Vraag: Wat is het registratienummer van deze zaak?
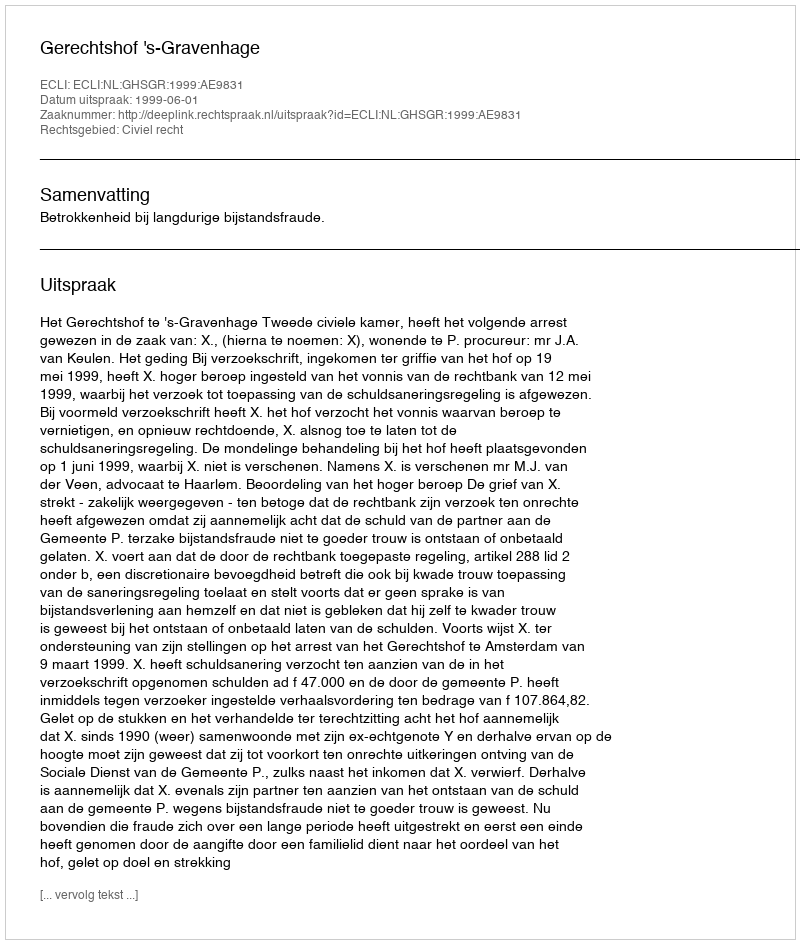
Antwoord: http://deeplink.rechtspraak.nl/uitspraak?id=ECLI:NL:GHSGR:1999:AE9831